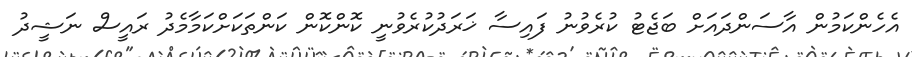
އެހެންކަމުން އާސަންދައަށް ބަޖެޓު ކުރެވުނު ފައިސާ ޚަރަދުކުރެވުނީ ކޮންކޮން ކަންތަކަށްކަމާމެދު ރައީސް ނަޝީދު